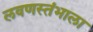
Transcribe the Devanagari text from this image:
लवणस्तंभाला